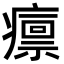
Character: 𤺡